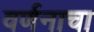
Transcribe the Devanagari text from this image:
वर्णनाचा